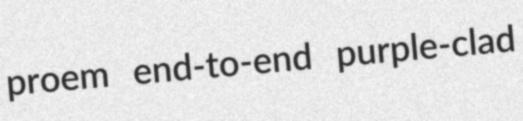
proem end-to-end purple-clad